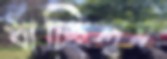
খাচ্ছিলুম